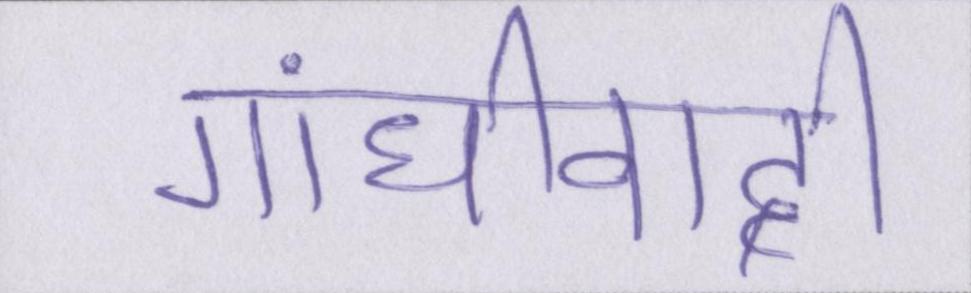
गांधीवादी